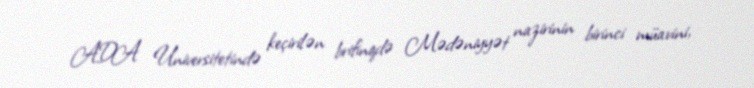
ADA Universitetində keçirilən brifinqdə Mədəniyyət nazirinin birinci müavini,